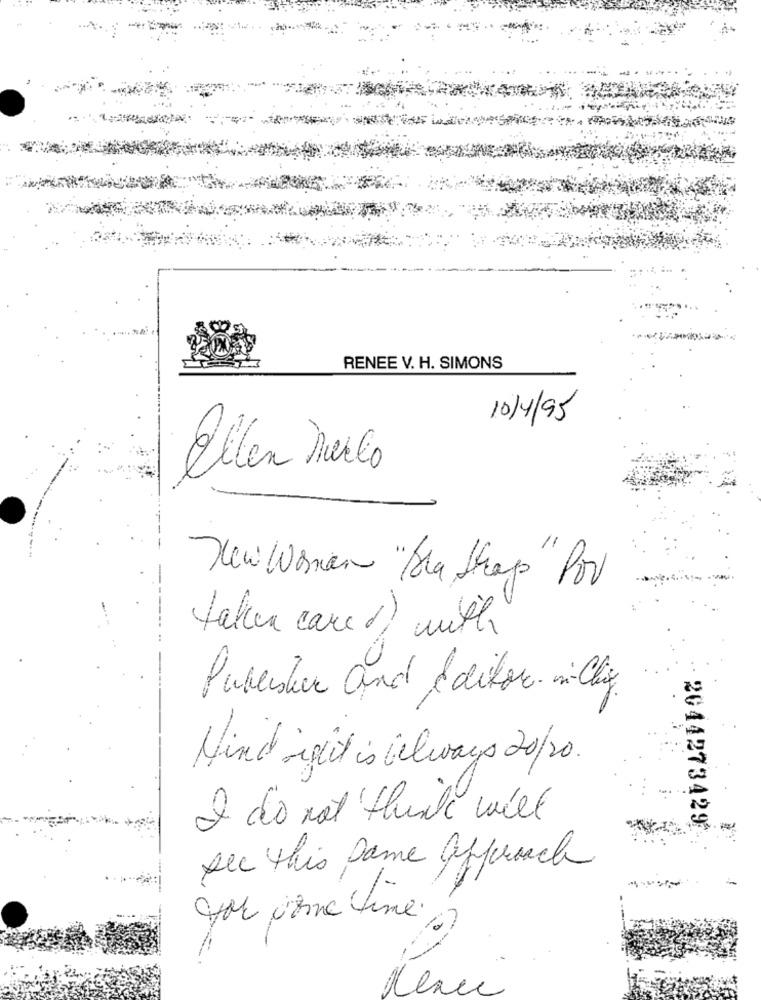
RENEE V. H. SIMONS
10/4/95
Ellen marco
New Woman "Ma Skap" Por
taken careof with
Puberster and Editore i-Ching
Mind ifit is Gelways 20/20.
I do not think will
2044273429
sec this Dame approach